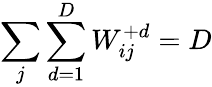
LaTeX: \sum_{j}\sum_{d=1}^{D}W_{ij}^{+d}=D